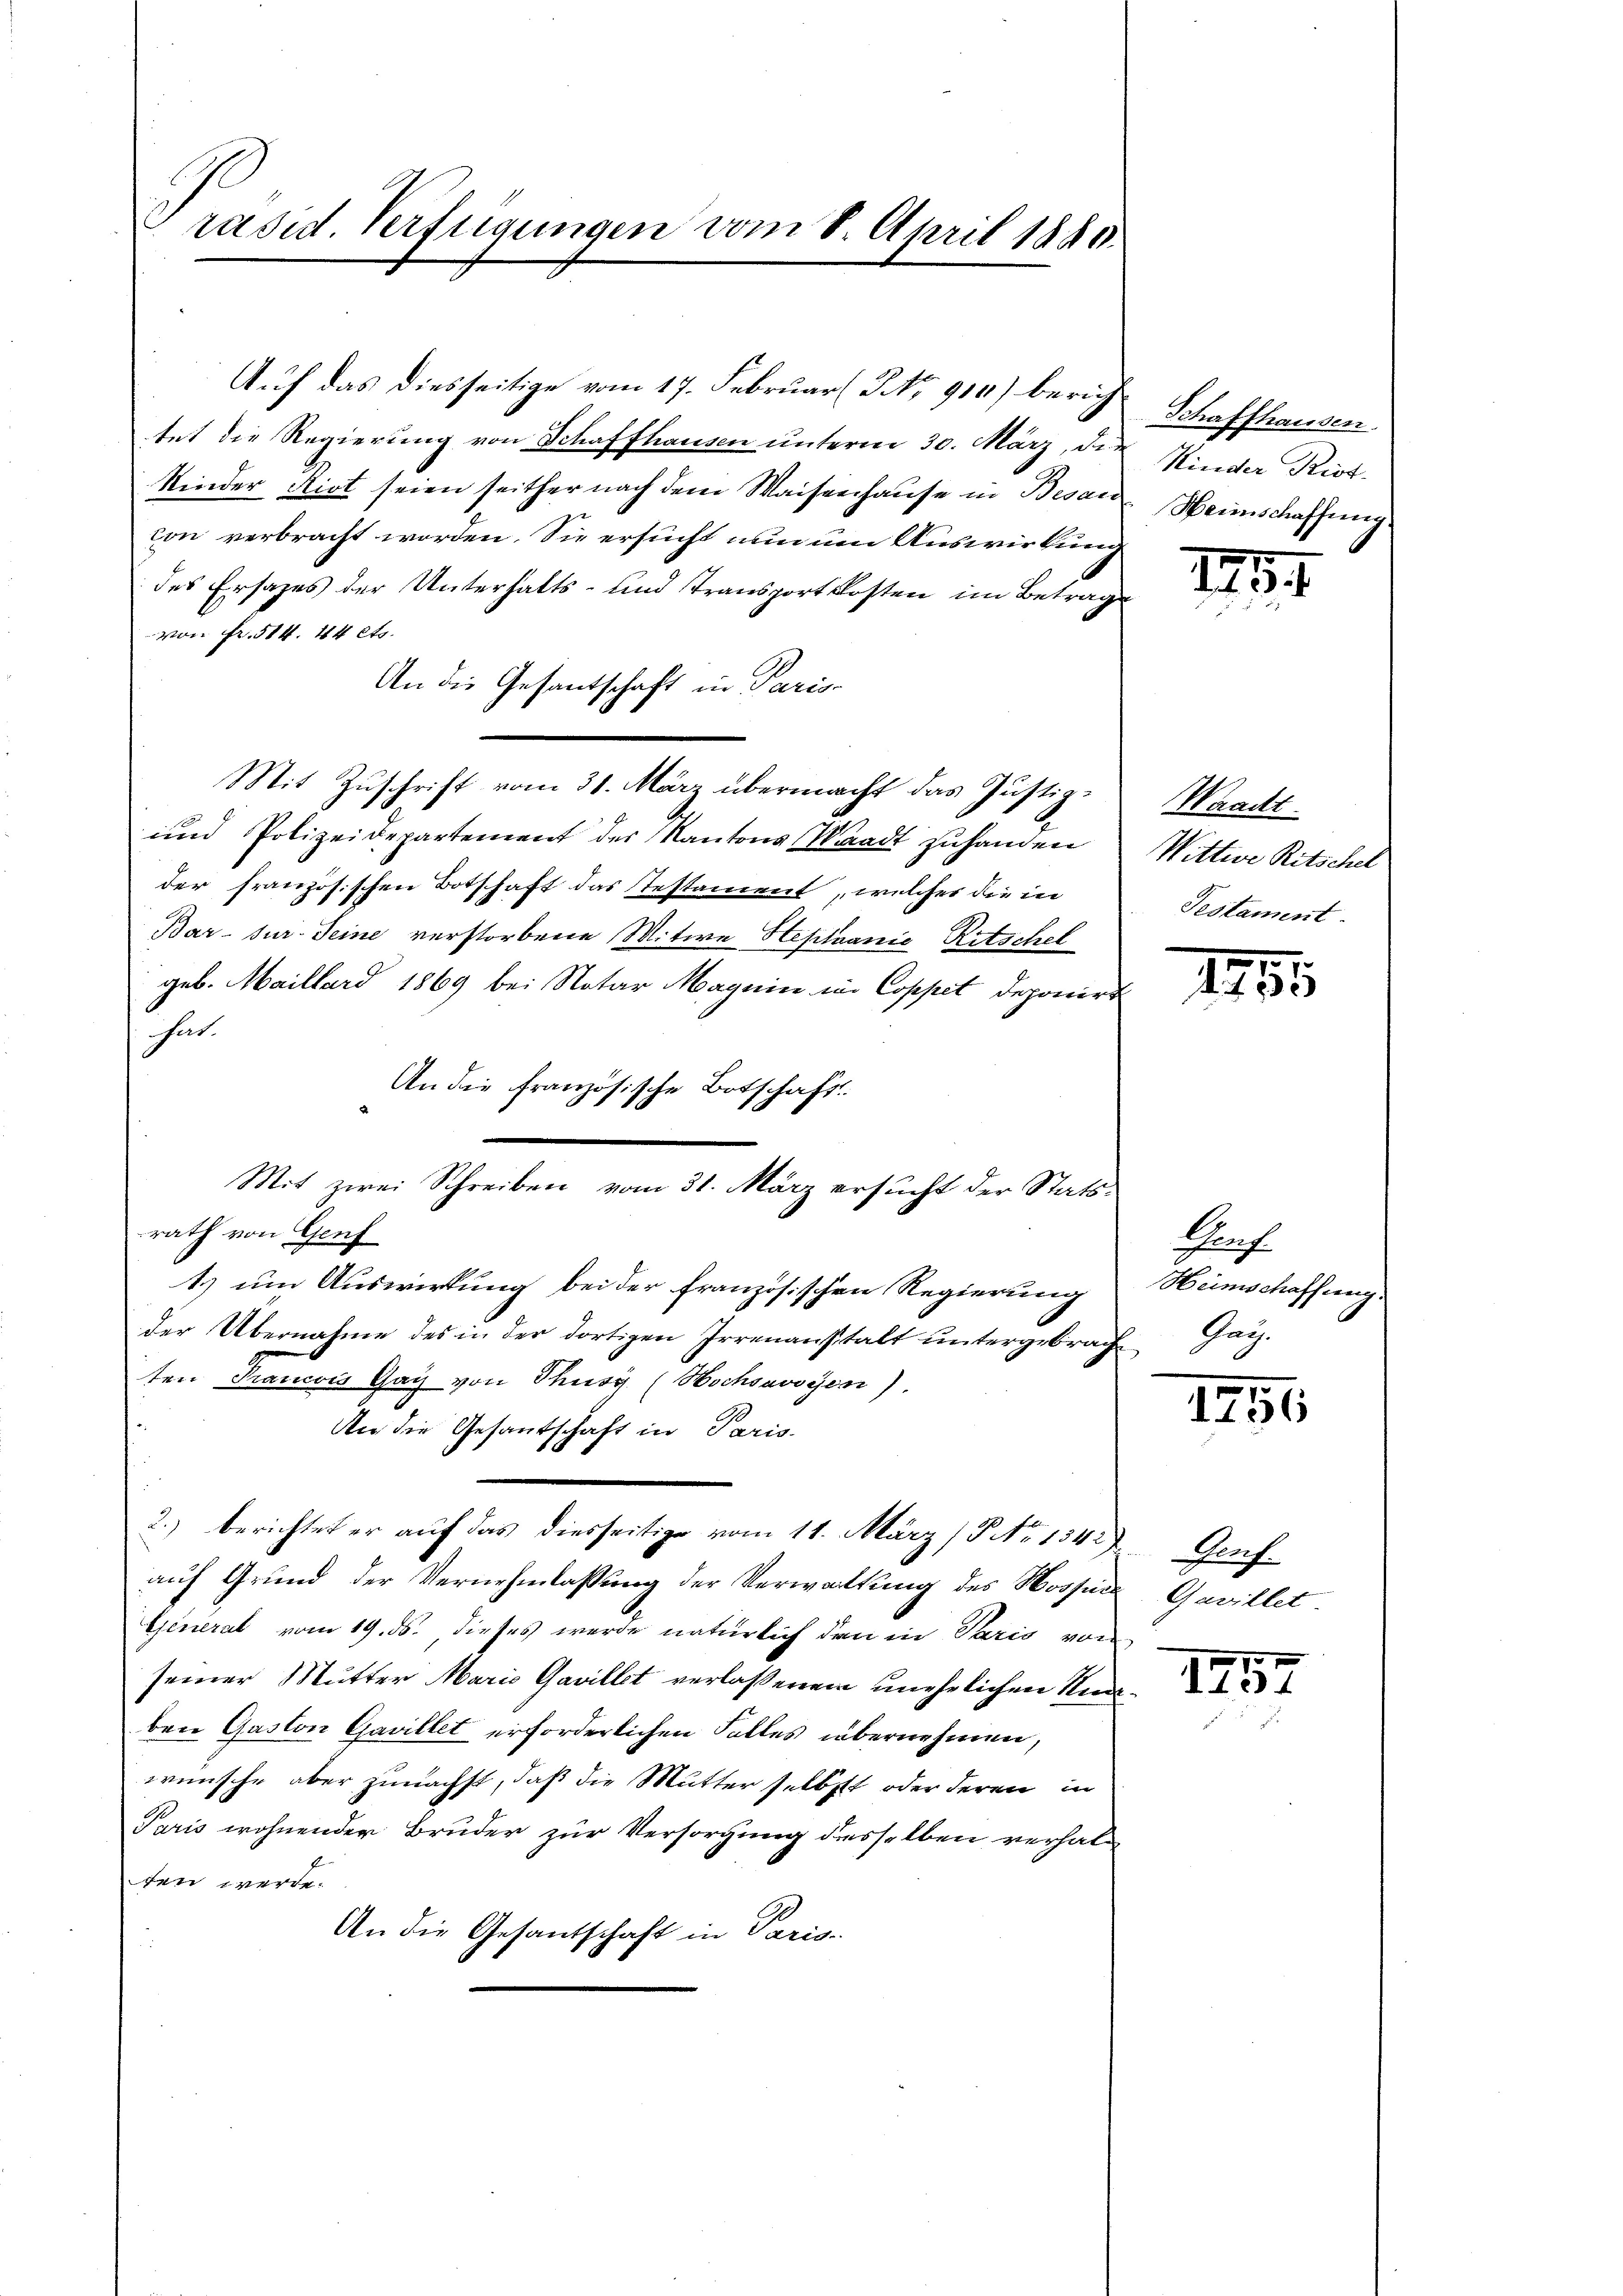
Präsid. Verfügungen vom 8. April 1880.

Auf das diesseitige vom 17. Februar (No 910) berich
tet die Regierung von Schaffhausen unterm 30. März, die
Kinder Riot seien seither nach dem Waisenhause in Besan
con verbracht worden. Sie ersucht nun um Auswirkung
des Ersatzes der Unterhalts- und Transportkosten im Betrag
von Fr. 514. 44 ets.
An die Gesantschaft in Paris-
Mit Zuschrift vom 31. März übermacht das Justiz¬
und Polizeidepartement des Kantons Waadt zu handen
der französischen Botschaft das Testament, welches die in
Bar. Jur. Seine verstorbene Mitwe Heplanić Ritschel
geb. Maillard 1869 bei Notar Magnin in Coppet Deponire
hat.
An die französische Botschaft
rath von Genf
1.) um Auswirkung bei der Französischen Regierung
der Übernahme des in der dortigen Irrenanstalt untergebracht
ten Trancois Gay von Thusy (Hochsavoyen).
An die Gesantschaft in Paris.
2.) berichtet er auf das diesseitige vom 11. März (NNo. 1342). Genf.
auf Grund der Vernehmlassung der Verwaltung des Nossin
General vom 19. ds. dieses werde natürlich den in Paris von
seiner Mutter Maris Gavillet verlassenem unehelichen Nid
ben Gaston Gavillet erforderlichen Falles übernehmen,
wünsche aber zunächst, daß die Mutter selbstt oder deren in
Paris wohnender Bruder zur Versorgung desselben verhalten werde.
An die Gesantschaft in Paris

¬
Mit zwei Schreiben vom 31. März ersucht der Statt¬

Schaffhausen
Kinder Rist.
Weinschaffung.

11

Waadt
Wittwe Ritschel
Testament

1795.

Bauf
Hümschaffung.
Reg.

1756

Gavillet

157